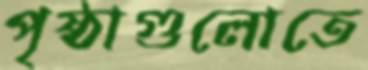
পৃষ্ঠাগুলোতে